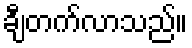
ချီတက်လာသည်။